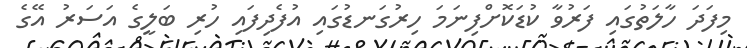
މިފަދަ ހާލަތުގައި ފަރުވާ ކުޑަކޮށްފިނަމަ ހިރުގަނޑުގައި އުފެދިފައި ހުރި ބަލީގެ އަސަރު އޭގެ